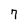
Character: 7